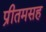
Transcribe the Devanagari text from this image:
प्रीतमसह